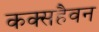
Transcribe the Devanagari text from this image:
कक्सहैवन